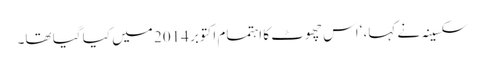
سکسینہ نے کہا، ‘اس چھوٹ کا اہتمام اکتوبر 2014 میں کیا گیا تھا۔